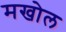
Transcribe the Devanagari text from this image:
मखोल